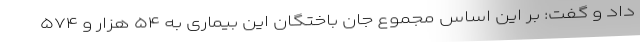
داد و گفت: بر این اساس مجموع جان باختگان این بیماری به ۵۴ هزار و ۵۷۴